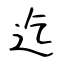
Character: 迄